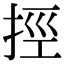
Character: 挳